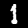
Label: 1